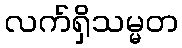
လက်ရှိသမ္မတ